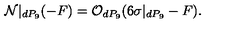
{ \cal N } | _ { d P _ { 9 } } ( - F ) = { \cal O } _ { d P _ { 9 } } ( 6 \sigma | _ { d P _ { 9 } } - F ) .